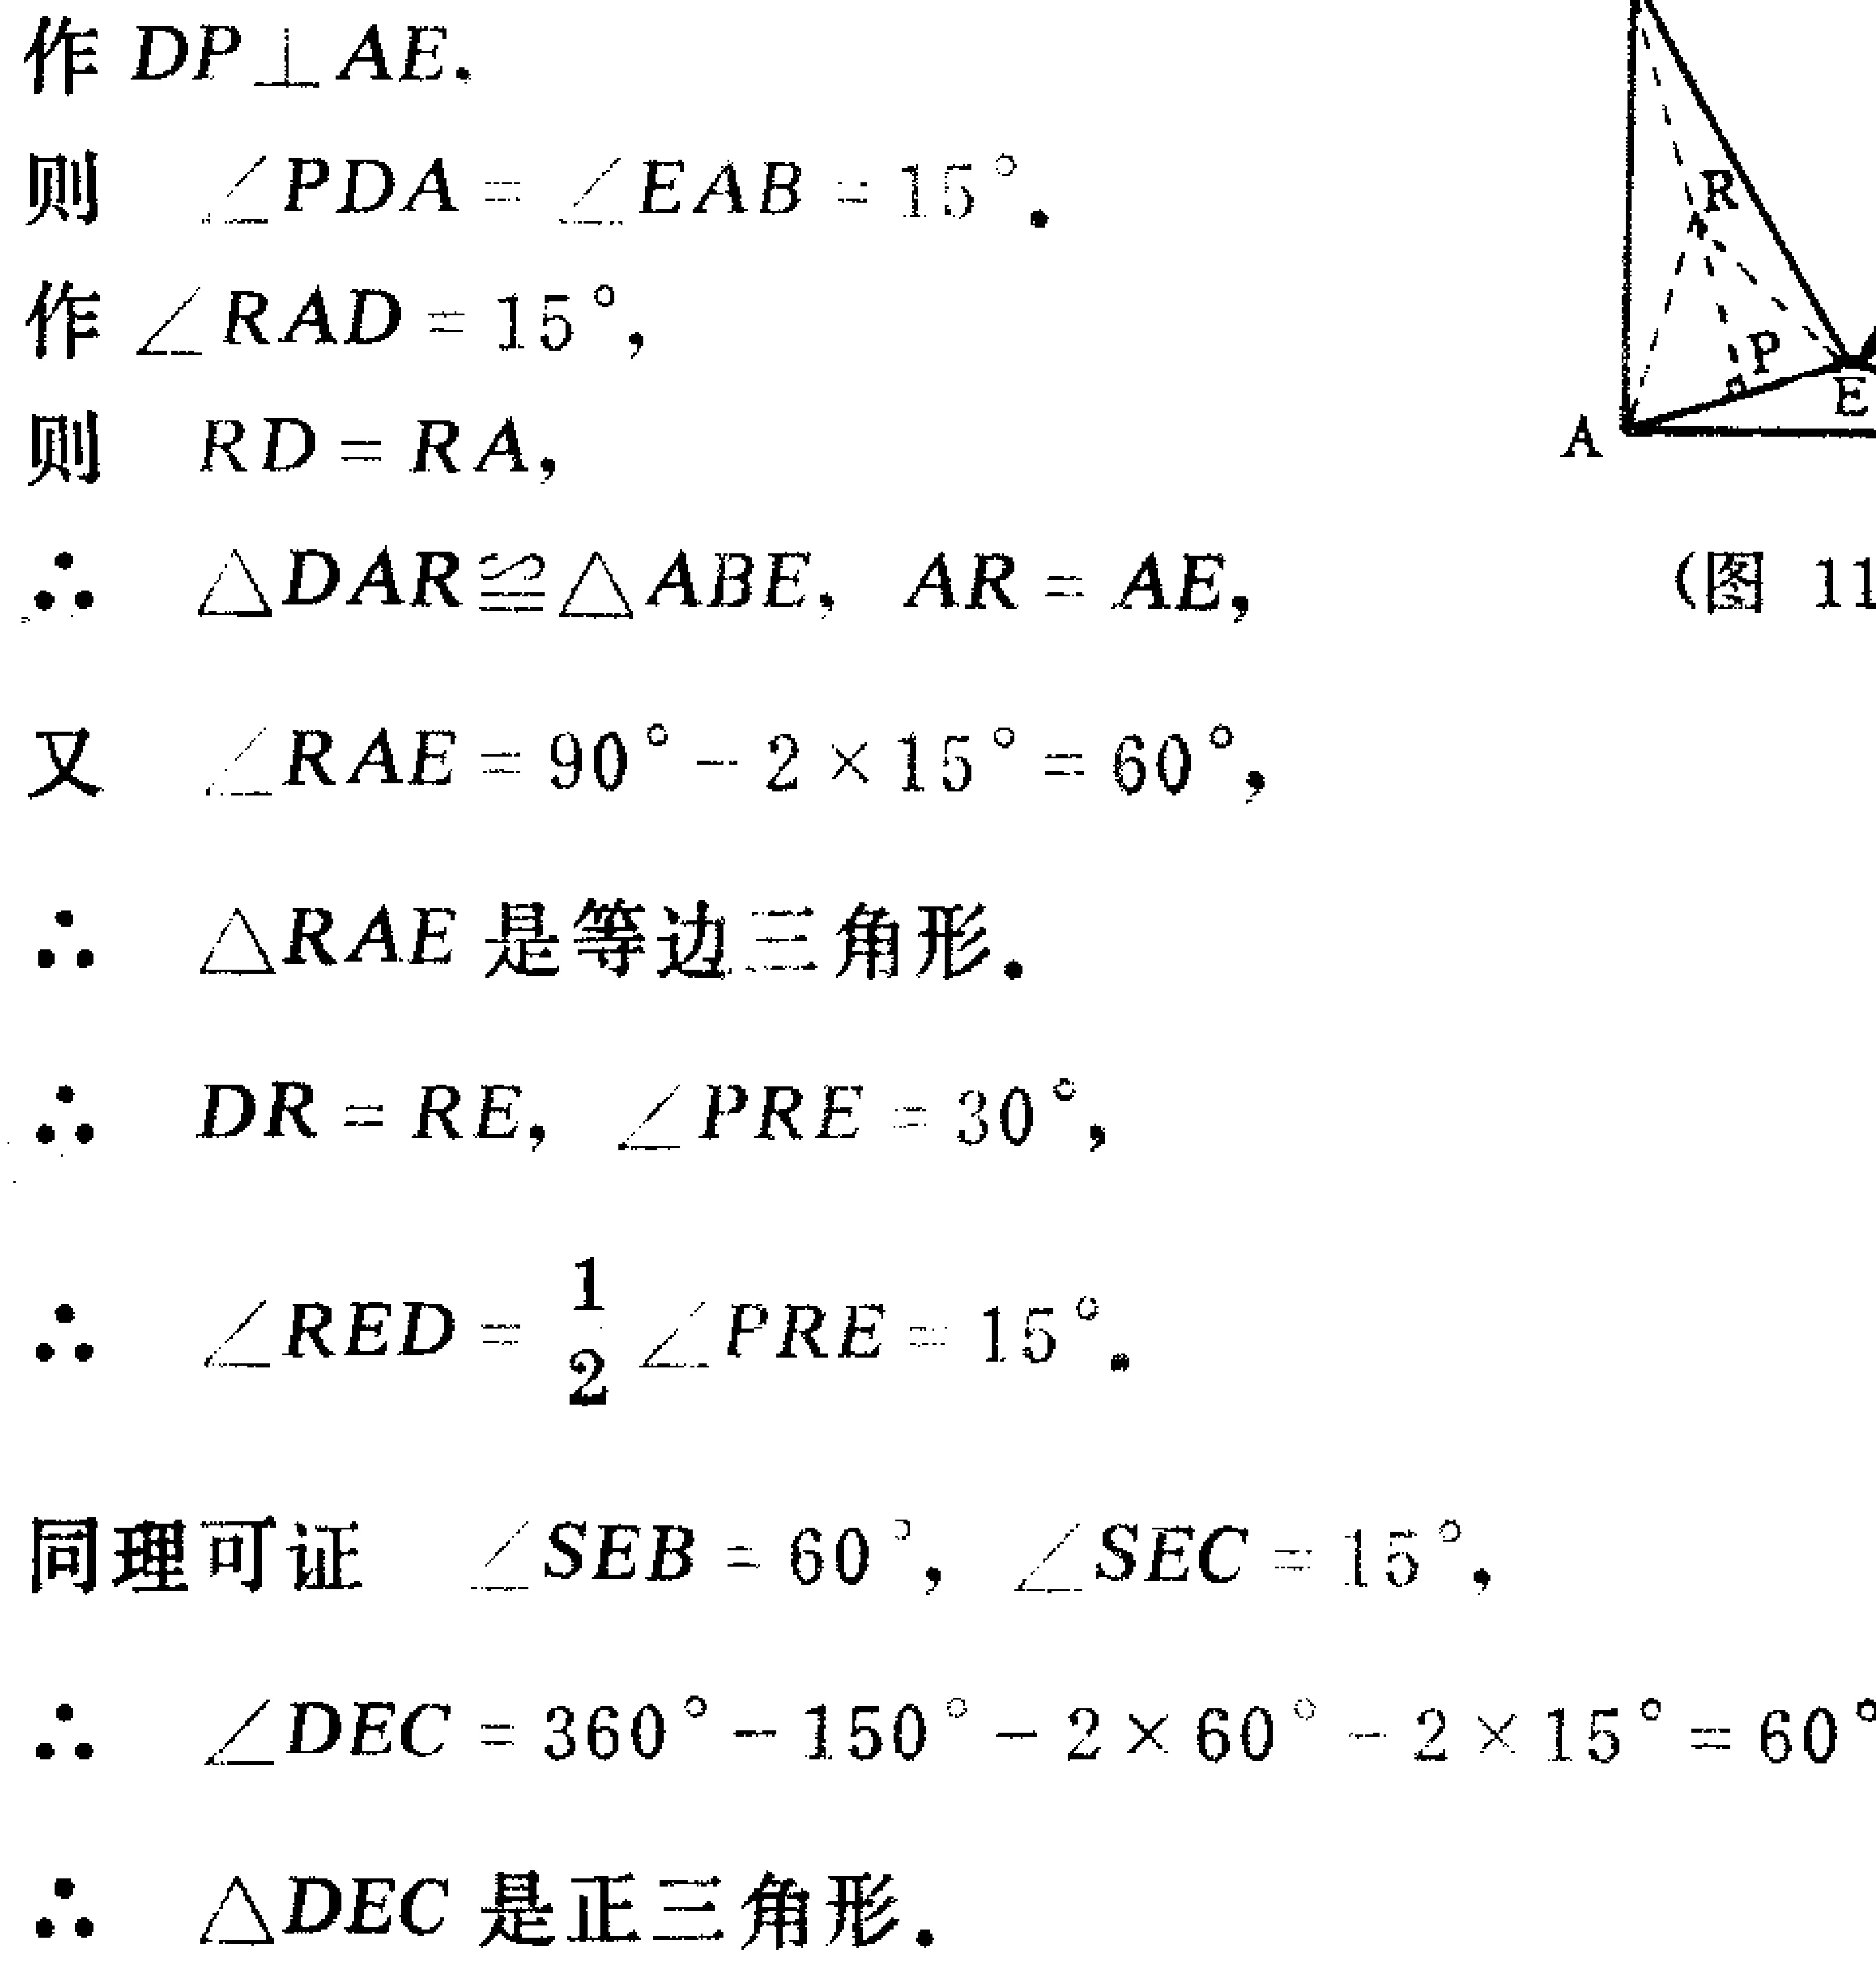
作 \(DP\perp AE\).

则 \(\angle PDA = \angle EAB = 15^{\circ}\).

作 \(\angle RAD = 15^{\circ}\),

则 \(RD = RA\),

\(\therefore\) \(\triangle DAR\cong\triangle ABE,\ AR = AE\),  (图 11)

又 \(\angle RAE = 90^{\circ}-2\times 15^{\circ}= 60^{\circ}\),

\(\therefore\) \(\triangle RAE\)是等边三角形.

\(\therefore\) \(DR = RE,\ \angle PRE = 30^{\circ}\),

\(\therefore\) \(\angle RED = \frac{1}{2}\angle PRE = 15^{\circ}\).

同理可证 \(\angle SEB = 60^{\circ},\ \angle SEC = 15^{\circ}\),

\(\therefore\) \(\angle DEC = 360^{\circ}-150^{\circ}-2\times 60^{\circ}-2\times 15^{\circ}= 60^{\circ}\)

\(\therefore\) \(\triangle DEC\)是正三角形.